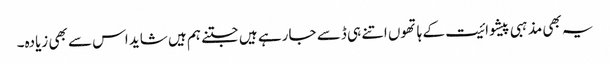
یہ بھی مذہبی پیشوائیت کے ہاتھوں اتنے ہی ڈسے جا رہے ہیں جتنے ہم ہیں شاید اس سے بھی زیادہ۔